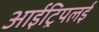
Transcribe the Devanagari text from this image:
आईट्रिपलई